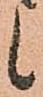
候